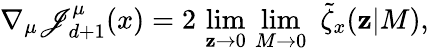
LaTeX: \nabla_{\mu}\mathscr{J}_{d+1}^{\mu}(x)=2\, \operatorname*{lim}_{\mathbf{z}\rightarrow0}\, \operatorname*{lim}_{M\rightarrow0}\, \, \tilde{{\zeta}}_{x}(\mathbf{z}|M),